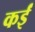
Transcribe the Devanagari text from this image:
कर्इं